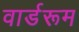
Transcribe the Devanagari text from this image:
वार्डरूम